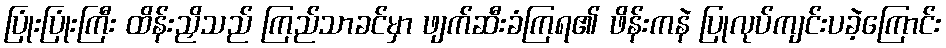
ပြုံးပြုံးကြီး ထိန်းညှိသည် ကြည်သာခင်မှာ ဖျက်ဆီးခံကြရ၏ ဖိန်းကနဲ ပြုလုပ်ကျင်းပခဲ့ကြောင်း